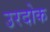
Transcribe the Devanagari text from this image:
उरदोक